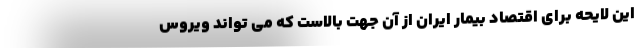
این لایحه برای اقتصاد بیمار ایران از آن جهت بالاست که می تواند ویروس